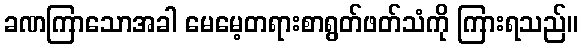
ခဏကြာသောအခါ မေမေ့တရားစာရွတ်ဖတ်သံကို ကြားရသည်။